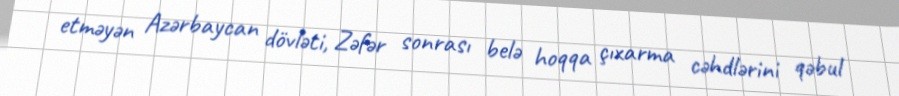
etməyən Azərbaycan dövləti, Zəfər sonrası belə hoqqa çıxarma cəhdlərini qəbul